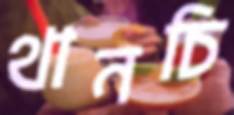
থানচি